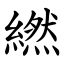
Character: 繎